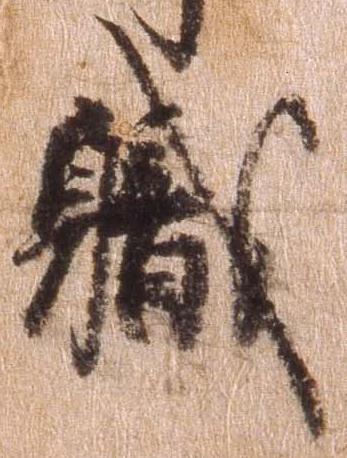
職